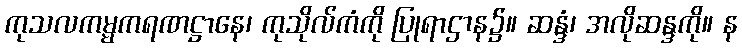
ကုသလကမ္မကရဏဋ္ဌာနေ၊ ကုသိုလ်ကံကို ပြုရာဌာန၌။ ဆန္ဒံ၊ အလိုဆန္ဒကို။ န